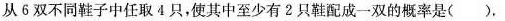
从6双不同鞋子中任取4只，使其中至少有2只鞋配成一双的概率是( )。